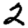
Digit: 2